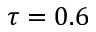
\tau = 0 . 6